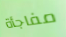
مفاجأة